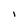
Character: I